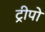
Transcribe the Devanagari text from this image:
ट्रीपो